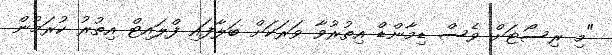
"މި ރިސޯޓަށް ވެސް ޑިމާންޑް އިތުރުވާ ވަރަކަށް ބަލާފައި ފްލައިޓް އިތުރު ކުރަމުން